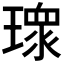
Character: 𭹻